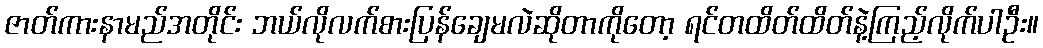
ဇာတ်ကားနာမည်အတိုင်း ဘယ်လိုလက်စားပြန်ချေမလဲဆိုတာကိုတော့ ရင်တထိတ်ထိတ်နဲ့ကြည့်လိုက်ပါဦး။